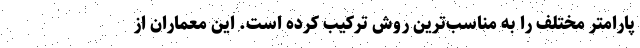
پارامتر مختلف را به مناسب‌ترین روش ترکیب کرده است. این معماران از